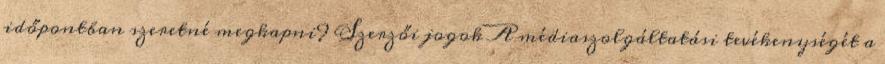
időpontban szeretné megkapni? Szerzői jogok A médiaszolgáltatási tevékenységét a